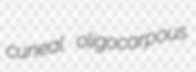
cuneal oligocarpous